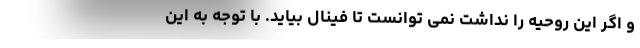
و اگر این روحیه را نداشت نمی توانست تا فینال بیاید. با توجه به این